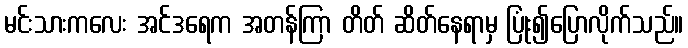
မင်းသားကလေး အင်ဒရေက အတန်ကြာ တိတ် ဆိတ်နေရာမှ ပြုံး၍ပြောလိုက်သည်။